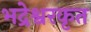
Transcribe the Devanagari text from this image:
भद्रेश्वरकृत